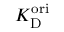
K _ { \mathrm { D } } ^ { \mathrm { o r i } }